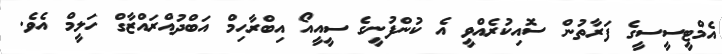
އެމްޓީސީސީގެ ފަރާތުން ސޮއިކުރެއްވީ އެ ކުންފުނީގެ ސީއީއޯ އިބްރާހިމް އަބްދުއްރައްޒާގް ހަލީމް އެވެ.